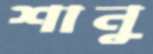
শানু